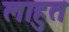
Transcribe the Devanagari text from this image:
लाहुत